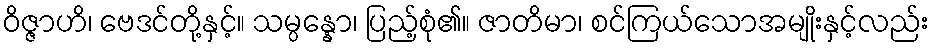
ဝိဇ္ဇာဟိ၊ ဗေဒင်တို့နှင့်။ သမ္ပန္နော၊ ပြည့်စုံ၏။ ဇာတိမာ၊ စင်ကြယ်သောအမျိုးနှင့်လည်း